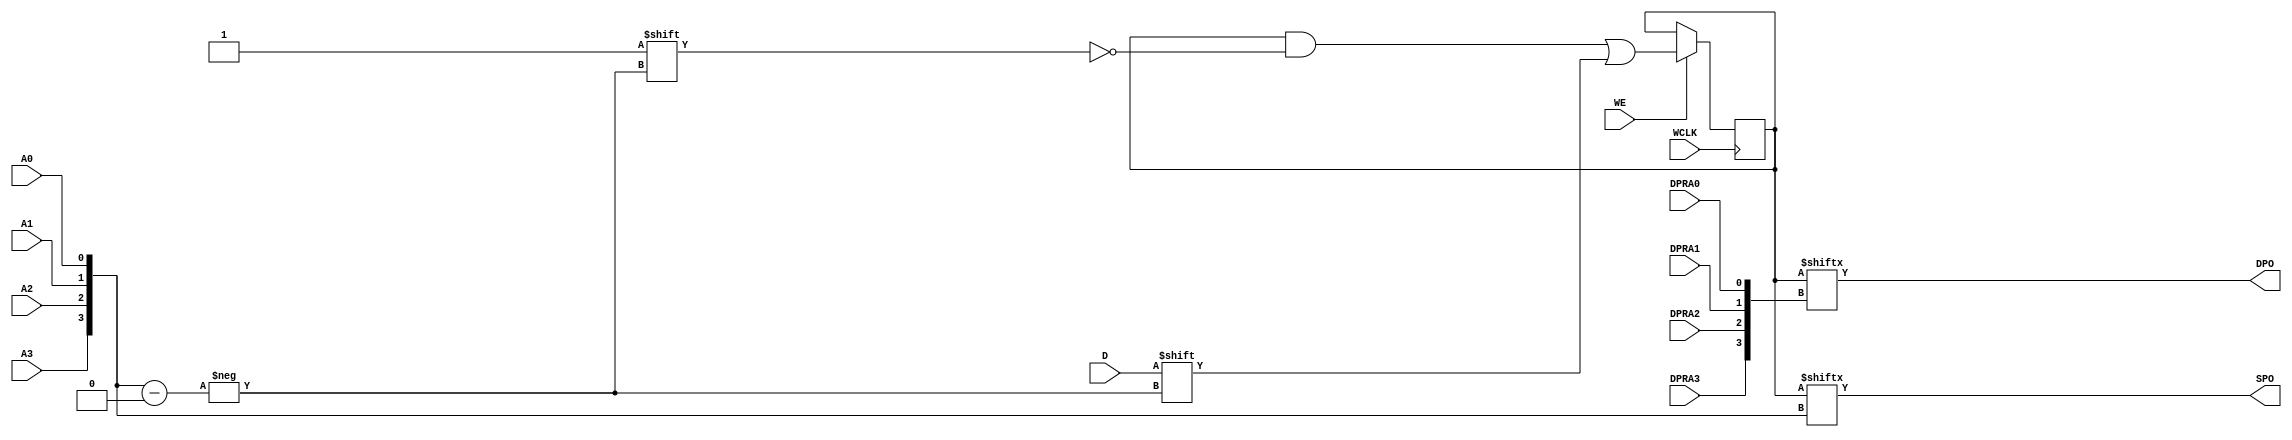
// $Header: /devl/xcs/repo/env/Databases/CAEInterfaces/verunilibs/data/unisims/RAM16X1D_1.v,v 1.8.158.1 2007/03/09 18:13:17 patrickp Exp $
///////////////////////////////////////////////////////////////////////////////
// Copyright (c) 1995/2004 Xilinx, Inc.
// All Right Reserved.
///////////////////////////////////////////////////////////////////////////////
//   ____  ____
//  /   /\/   /
// /___/  \  /    Vendor : Xilinx
// \   \   \/     Version : 8.1i (I.13)
//  \   \         Description : Xilinx Functional Simulation Library Component
//  /   /                  Static Dual Port Synchronous RAM 16-Deep by 1-Wide
// /___/   /\     Filename : RAM16X1D_1.v
// \   \  /  \    Timestamp : Thu Mar 25 16:43:33 PST 2004
//  \___\/\___\
//
// Revision:
//    03/23/04 - Initial version.
//    02/04/05 - Rev 0.0.1 Remove input/output bufs; Remove for-loop in initial block;
// End Revision

`timescale  1 ps / 1 ps


module RAM16X1D_1 (DPO, SPO, A0, A1, A2, A3, D, DPRA0, DPRA1, DPRA2, DPRA3, WCLK, WE);

    parameter INIT = 16'h0000;

    output DPO, SPO;

    input  A0, A1, A2, A3, D, DPRA0, DPRA1, DPRA2, DPRA3, WCLK, WE;

    reg  [15:0] mem;
    wire [3:0] adr;

    assign adr = {A3, A2, A1, A0};
    assign SPO = mem[adr];
    assign DPO = mem[{DPRA3, DPRA2, DPRA1, DPRA0}];

    initial 
        mem = INIT;

    always @(negedge WCLK) 
        if (WE == 1'b1)
            mem[adr] <= #100 D;


endmodule